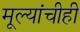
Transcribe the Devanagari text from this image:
मूल्यांचीही